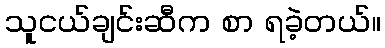
သူငယ်ချင်းဆီက စာ ရခဲ့တယ်။